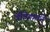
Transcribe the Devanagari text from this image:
चौवेगगाने